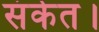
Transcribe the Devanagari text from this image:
संकेत।